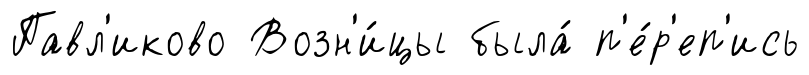
Павл'иково Возн'и́цы была́ п'е́р'еп'ись